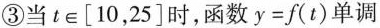
③当t∈[10，25]时，函数y=f(t)单调